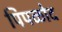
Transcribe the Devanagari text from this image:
पिपळोद